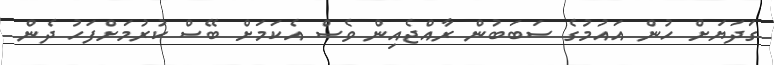
ގަދަޔަށް ހުން އައުމުގެ ސަބަބުން ރާއްޖެއިން ވެސް އެކަމަށް ބޭސް ކުރުމަށްފަހު ދެން